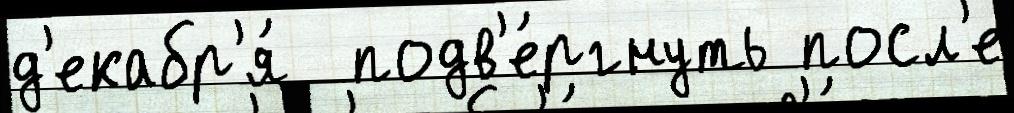
д'екабр'я́  подв'е́ргнуть посл'е